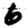
Digit: 6